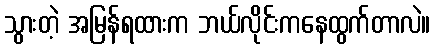
သွားတဲ့ အမြန်ရထားက ဘယ်လိုင်းကနေထွက်တာလဲ။